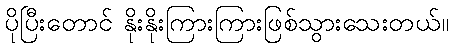
ပိုပြီးတောင် နိုးနိုးကြားကြားဖြစ်သွားသေးတယ်။